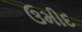
ઉમીદ